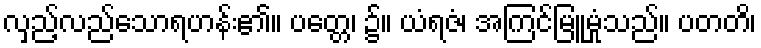
လှည့်လည်သောရဟန်း၏။ ပတ္တေ၊ ၌။ ယံရဇံ၊ အကြင်မြူမှုံသည်။ ပတတိ၊